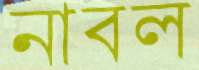
নাবল